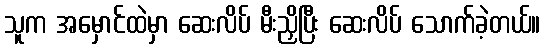
သူက အမှောင်ထဲမှာ ဆေးလိပ် မီးညှိပြီး ဆေးလိပ် သောက်ခဲ့တယ်။